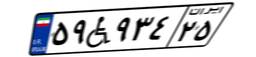
۵۹W۹۳۴۲۵